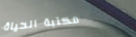
مكتبة الحياة